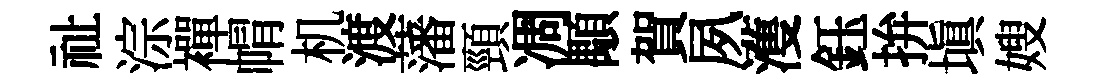
祉淙襌㡌机渡藩頸凋顒賀夙濩鈺拚塡嫂